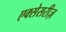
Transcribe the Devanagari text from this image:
एक्सेसरीज़